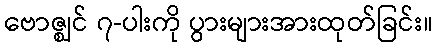
ဗောဇ္ဈင် ၇-ပါးကို ပွားများအားထုတ်ခြင်း။